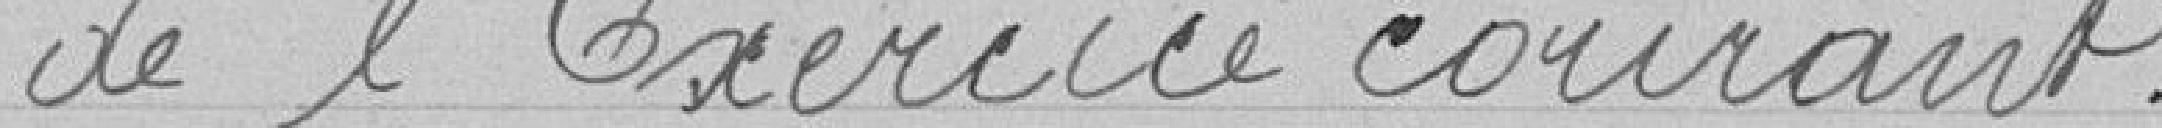
de l'exercice courant.